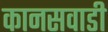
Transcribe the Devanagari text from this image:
कानसवाडी